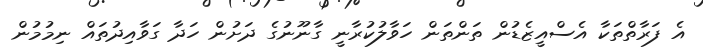
އެ ފަރާތްތަކާ އެސްއީޒެޑުން ތަންތަން ހަވާލުކުރާނީ ގާނޫނުގެ ދަށުން ހަދާ ގަވާއިދުތައް ނިމުމުން